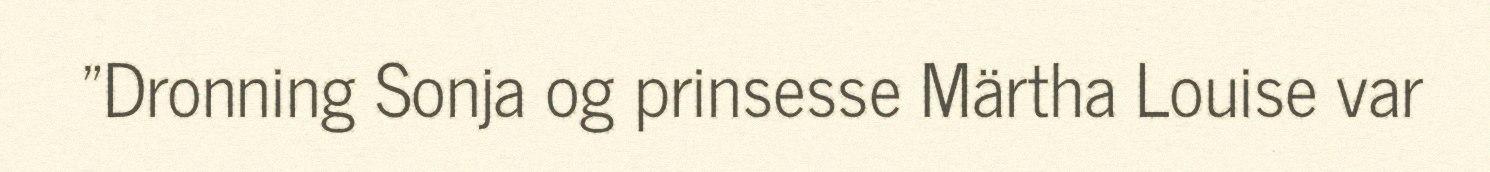
"Dronning Sonja og prinsesse Märtha Louise var